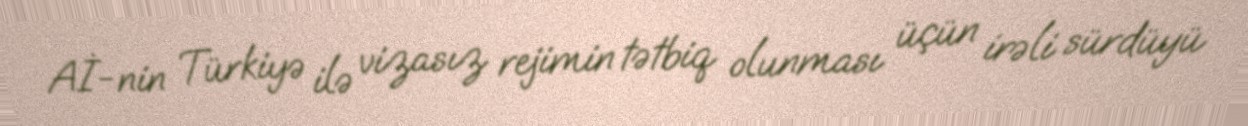
Aİ-nin Türkiyə ilə vizasız rejimin tətbiq olunması üçün irəli sürdüyü